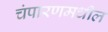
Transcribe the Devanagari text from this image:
चंपारणमधील